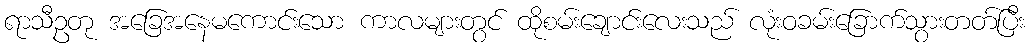
ရာသီဥတု အခြေအနေမကောင်းသော ကာလများတွင် ထိုစမ်းချောင်းလေးသည် လုံးဝခမ်းခြောက်သွားတတ်ပြီး